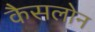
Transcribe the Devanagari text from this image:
कैसलोन